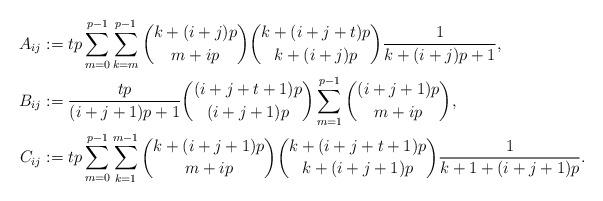
LaTeX: \begin{align*}A_{ij}&:=tp\sum_{m=0}^{p-1}\sum_{k=m}^{p-1} \binom{k+(i+j)p}{m+ip}\binom{k+(i+j+t)p}{k+(i+j)p}\frac{1}{k+(i+j)p+1},\\B_{ij}&:=\frac{tp}{(i+j+1)p+1}\binom{(i+j+t+1)p}{(i+j+1)p}\sum_{m=1}^{p-1}\binom{(i+j+1)p}{m+ip},\\C_{ij}&:=tp\sum_{m=0}^{p-1}\sum_{k=1}^{m-1} \binom{k+(i+j+1)p}{m+ip}\binom{k+(i+j+t+1)p}{k+(i+j+1)p}\frac{1}{k+1+(i+j+1)p}.\end{align*}